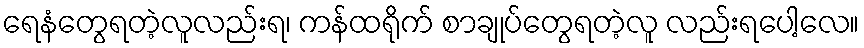
ရေနံတွေရတဲ့လူလည်းရ၊ ကန်ထရိုက် စာချုပ်တွေရတဲ့လူ လည်းရပေါ့လေ။